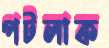
পটলাক